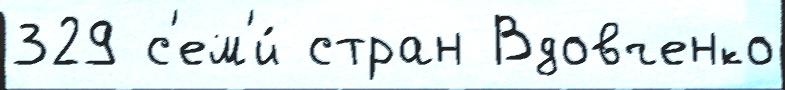
329 с'ем'и́ стран Вдовченко